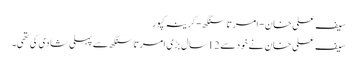
سیف علی خان-امرتا سنگھ -کرینہ کپور
سیف علی خان نے خودسے 12سال بڑی امرتاسنگھ سے پہلی شادی کی تھی۔